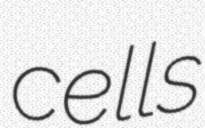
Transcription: cells